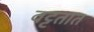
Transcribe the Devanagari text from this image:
वट्टतात